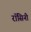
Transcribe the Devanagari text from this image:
रॉसिनी